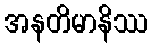
အနတိမာနိဿ